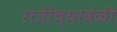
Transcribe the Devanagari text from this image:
रात्रीच्यावेळी